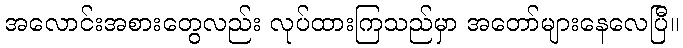
အလောင်းအစားတွေလည်း လုပ်ထားကြသည်မှာ အတော်များနေလေပြီ။